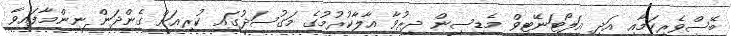
ބޭސްވެރިކަމާއި އަދި އަލޯޓަނޭޓިވް މެޑިސިން ދިރުވާ އާލާކުރުމުގެ މަގުސަދުގައި ކުރިއަށް ގެންދަން ނިންމާފައިވާ